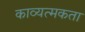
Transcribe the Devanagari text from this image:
काव्यत्मकता